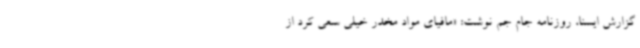
گزارش ایسنا، روزنامه جام جم نوشت: «مافیای مواد مخدر خیلی سعی کرد از